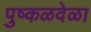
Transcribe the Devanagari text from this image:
पुष्कळवेळा